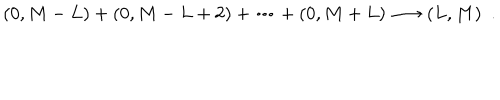
LaTeX: ( 0 , M - L ) + ( 0 , M - L + 2 ) + \cdots + ( 0 , M + L ) \longrightarrow ( L , M ) \ \ .